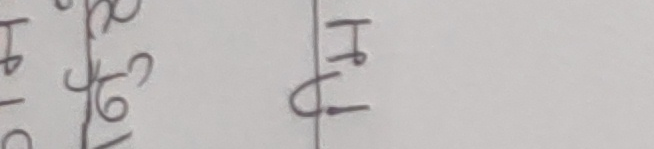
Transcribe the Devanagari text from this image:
इ
४
५
७
९
ट्र
घु